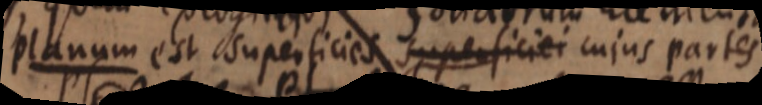
planum est superficies superficiei cujus partes